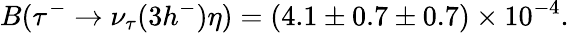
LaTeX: B(\tau^{-}\rightarrow\nu_{\tau}(3h^{-})\eta)=(4.1\pm 0.7\pm 0.7)\times 10^{-4}.